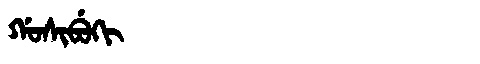
Manchu: ᡤᠣᠰᡳᠪᡠᡴᡳ
Romanization: GOSIBUKI